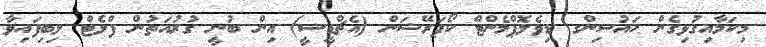
މިކަމާއިގުޅިގެން ހައުސިންގ ޑިވެލޮޕްމެންޓް ކޯޕަރޭޝަން (އެޗްޑީސީ) އިން ބުނީ ގުރުއަތުން ފްލެޓް ލިބިފައިވާ